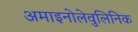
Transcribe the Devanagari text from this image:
अमाइनोलेवुलिनिक